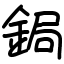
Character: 鋦